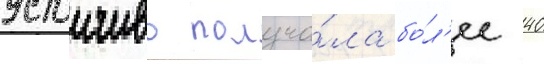
устоичиво получа́ла бо́л'ее 40